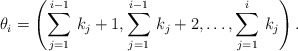
\begin{align*}\theta_{i}=\left(\sum_{j=1}^{i-1} \,k_{j}+1, \sum_{j=1}^{i-1} \,k_{j}+2, \ldots, \sum_{j=1}^{i} \,k_{j}\right).\end{align*}